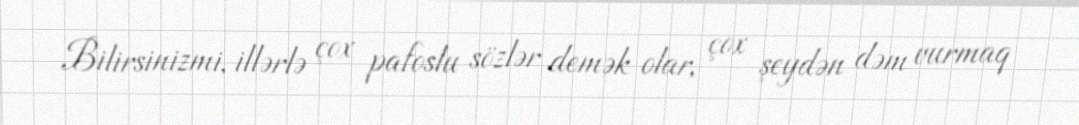
Bilirsinizmi, illərlə çox pafoslu sözlər demək olar, çox şeydən dəm vurmaq